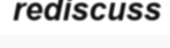
rediscuss